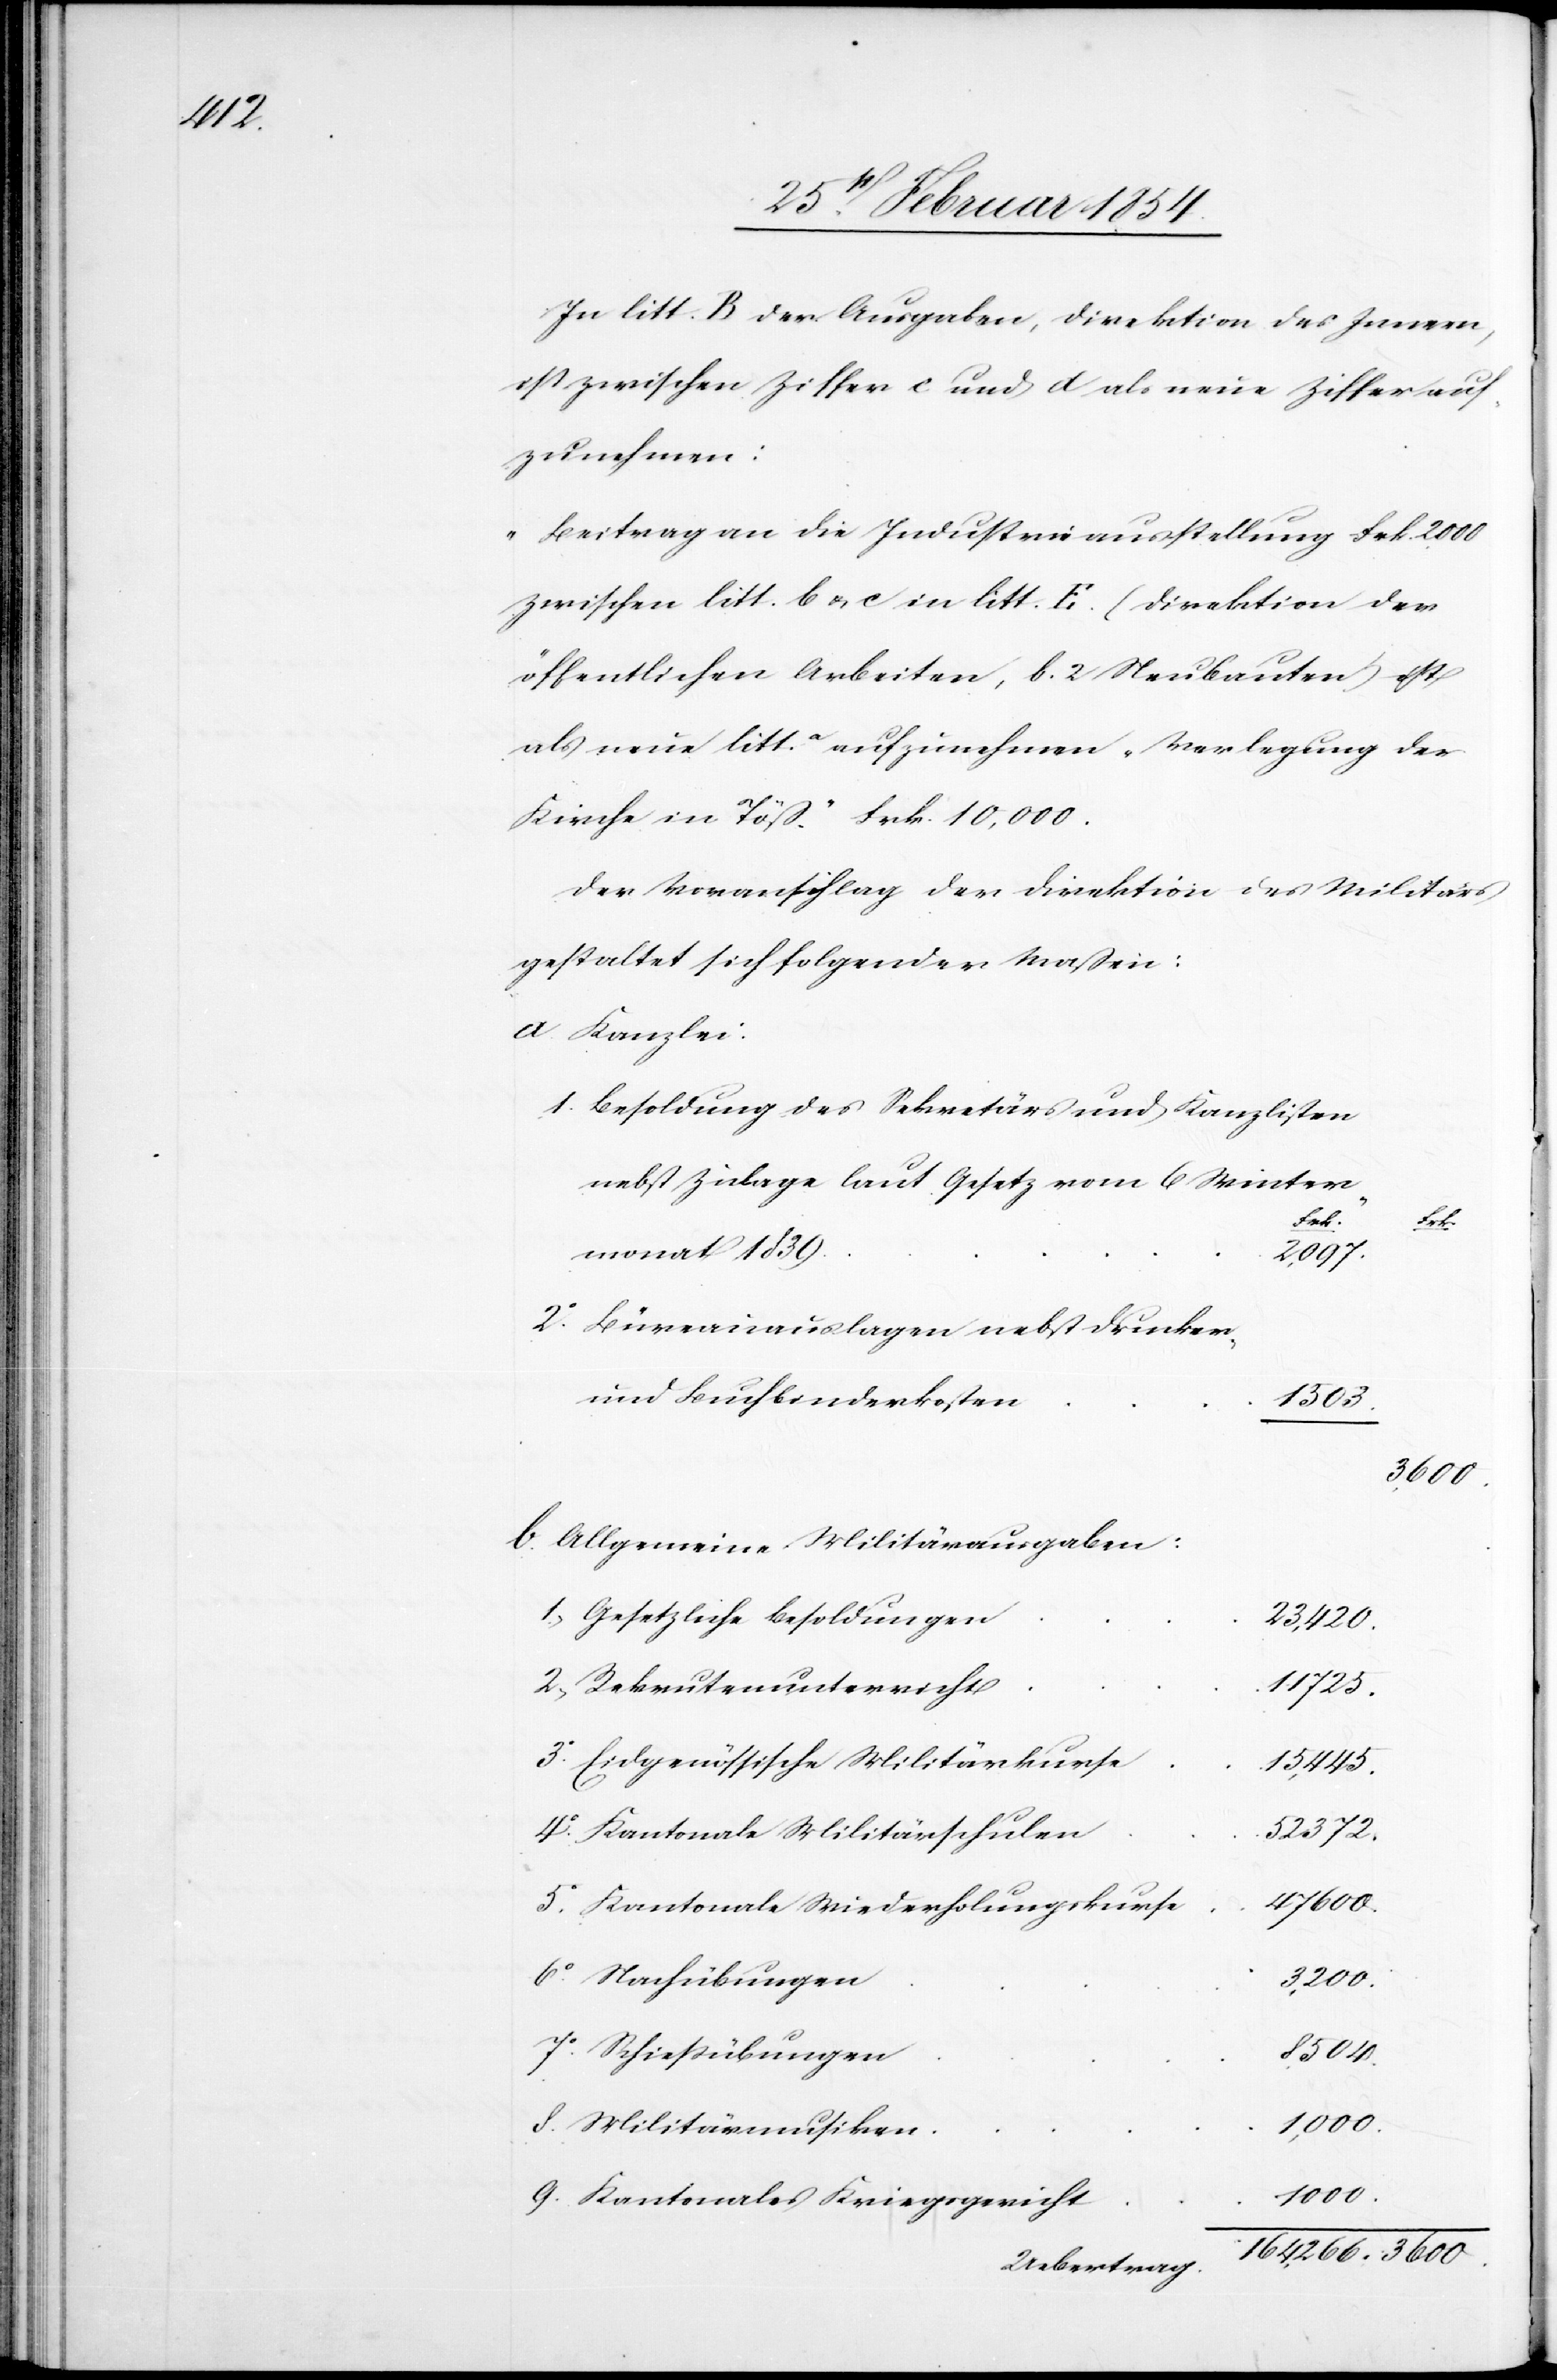
In litt. B. der Ausgaben, Direktion des Innern,
ist zwischen Ziffer C und D als neue Ziffer auf¬
zunehmen:
„Beitrag an die Industrieausstellung Frk. 2000
zwischen litt. B u. C in litt. E. (Direktion der
öffentlichen Arbeiten, B. 2 Neubauten) ist
als neue litt.a aufzunehmen „Verlegung der
Kirche in Töß.“ Frk. 10, 000.
Der Voranschlag der Direktion des Militärs
gestaltet sich folgender Maßen:
A. Kanzlei:
1. Besoldung des Sekretärs und Kanzlisten
nebst Zulage laut Gesetz vom 6 Winter¬
Frk
Frk:
monat 1839
2,097.
2. Büreauauslagen nebst Drucker-
und Buchbinderkosten
1503.
3, 600.
B. Allgemeine Militärausgaben:
1; Gesetzliche Besoldungen
23, 420.
2; Rekrutenunterricht
11 725.
3o Eidgenössische Militärkurse
15, 445.
4.o Kantonale Militärschulen
52, 372.
47 600.
5o Kantonale Wiederholungskurse
6o Nachübungen
3, 200.
7o Schießübungen
8 504.
1 000.
8. Militärmusiken
1, 000.
9. Kantonales Kriegsgericht